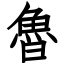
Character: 魯